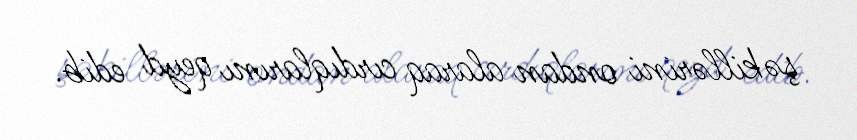
şəkillərini ondan alaraq cırdıqlarını qeyd edib.